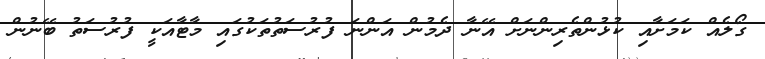
ގޯލެއް ކަމަށާއި ކުޅުންތެރިންނަށް އޭނާ ދެމުން އަންނަ ފުރުސަތުތަކުގައި މާޓާއަކީ ފުރުސަތު ބޭނުން